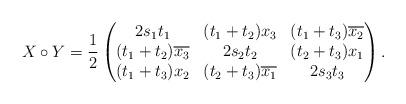
LaTeX: \begin{align*}X\circ Y = \frac 12 \begin{pmatrix}2s_1t_1& (t_1+t_2)x_3& (t_1+t_3)\overline {x_2} \\(t_1+t_2) \overline {x_3} & 2s_2t_2 & (t_2+t_3)x_1 \\(t_1+t_3)x_2& (t_2+t_3)\overline {x_1}& 2s_3t_3\end{pmatrix}.\end{align*}